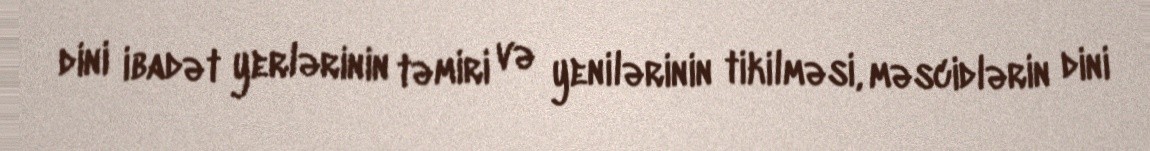
dini ibadət yerlərinin təmiri və yenilərinin tikilməsi, məscidlərin dini